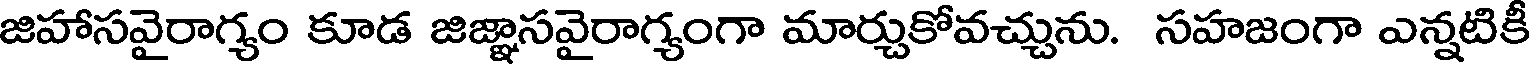
జిహాసవైరాగ్యం కూడ జిజ్ఞాసవైరాగ్యంగా మార్చుకోవచ్చును. సహజంగా ఎన్నటికీ